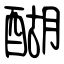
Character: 醐